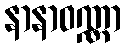
နာနာဝဏ္ဏာ